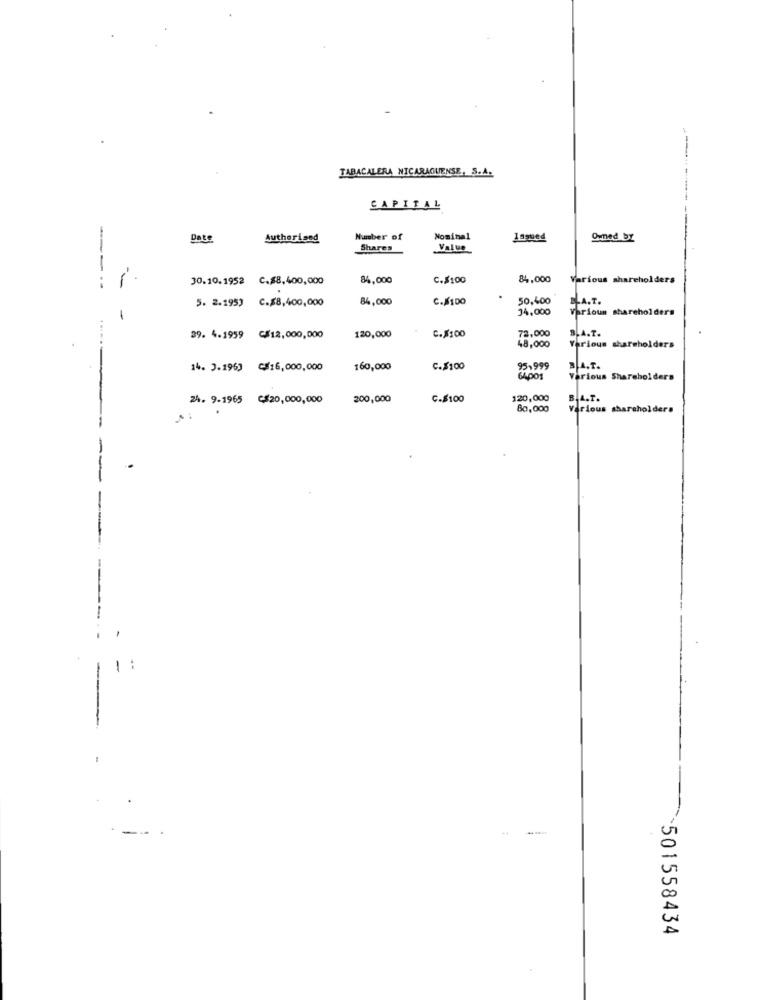
-
TABACALERA NICARAGUENSE, S.A.
CAPITAL
Date
Authorised
Number of
Nominal
Issued
Owned BY
Shares
Value
---
30.10.1952 C.$8,400,000
84,000
C.$100
84,000
Various shareholders
5. 2.1953
C.$8,400,000
84,000
C./100
50,400
BLA.T.
34,000
Various shareholders
120,000
72,000
B.A.T.
39. 4.1959 C$12,000,000
C.8:00
Various shareholders
48,000
14. 3.1963 ₾$16,000,000
160,000
C.$100
95,999
B.A.T.
64001
Various Shareholders
24. 9-1965 C$20,000,000
200,000
C.$100
120,000
B.A.T.
80,000
Various shareholders
..
`501558434